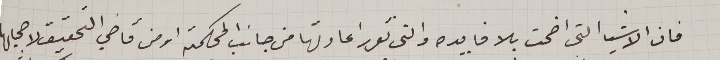
فان الاشيا التى اضحت بلا فايده والتى تقرر اعادتها من جانب المحكمة او من قاضي التحقيق لاصحابها